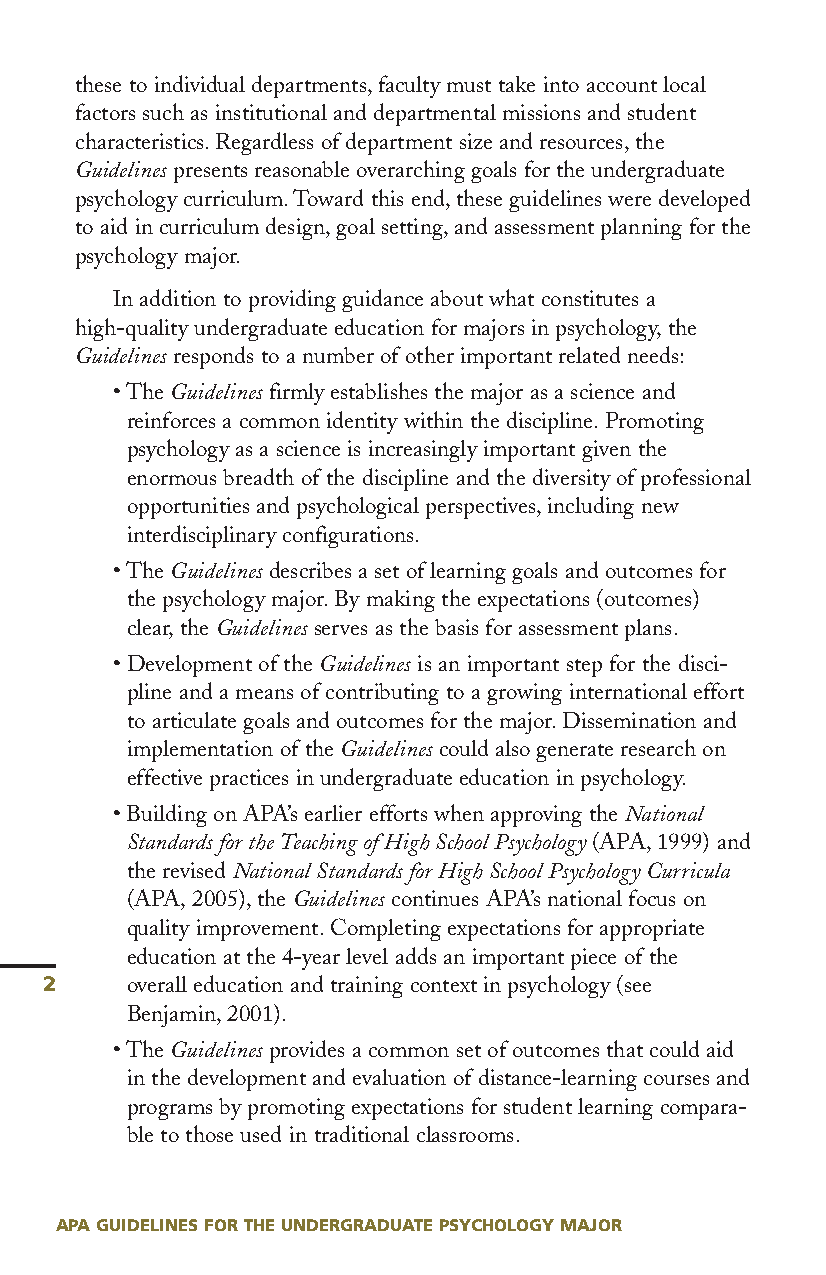
these to individual departments,faculty must take into account local
 factors such as institutional and departmental missions and student
 characteristics.Regardless of department size and resources,the
 Guidelines presents reasonable overarching goals for the undergraduate
 psychology curriculum.Toward this end,these guidelines were developed
 to aid in curriculum design,goal setting,and assessment planning for the
 psychology major.
 In addition to providing guidance about what constitutes a
 high-quality undergraduate education for majors in psychology,the
 Guidelines responds to a number of other important related needs:
 • The Guidelines firmly establishes the major as a science and
 reinforces a common identity within the discipline.Promoting
 psychology as a science is increasingly important given the
 enormous breadth of the discipline and the diversity of professional
 opportunities and psychological perspectives,including new
 interdisciplinary configurations.
 • The Guidelines describes a set of learning goals and outcomes for
 the psychology major.By making the expectations (outcomes)
 clear,the Guidelines serves as the basis for assessment plans.
 • Development of the Guidelines is an important step for the disci-
 pline and a means of contributing to a growing international effort
 to articulate goals and outcomes for the major.Dissemination and
 implementation of the Guidelines could also generate research on
 effective practices in undergraduate education in psychology.
 • Building on APA’s earlier efforts when approving the National
 Standards for the Teaching ofHigh School Psychology (APA,1999) and
 the revised National Standards for High School Psychology Curricula
 (APA,2005),the Guidelines continues APA’s national focus on
 quality improvement.Completing expectations for appropriate
 education at the 4-year level adds an important piece of the
 2    overall education and training context in psychology (see
 Benjamin,2001).
 • The Guidelines provides a common set of outcomes that could aid
 in the development and evaluation of distance-learning courses and
 programs by promoting expectations for student learning compara-
 ble to those used in traditional classrooms.
 APA GUIDELINES FOR THE UNDERGRADUATE PSYCHOLOGY MAJOR